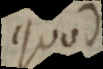
quod